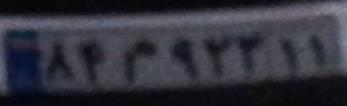
۸۴م۹۲۲۱۱